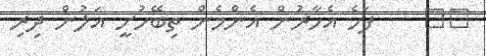
١٤    ފަހެ އެހާރުން އެންމެން ތިބޭހުށީ އަލުން ދިރި